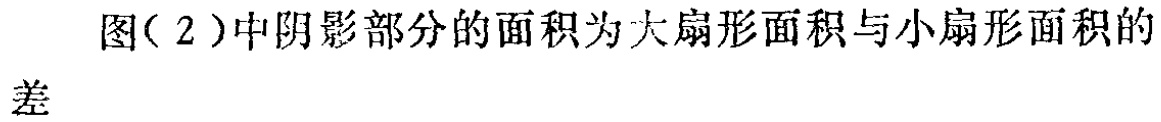
图(2)中阴影部分的面积为大扇形面积与小扇形面积的差